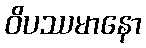
ဝိပဿမာနော